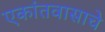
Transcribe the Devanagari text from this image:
एकांतवासाचे